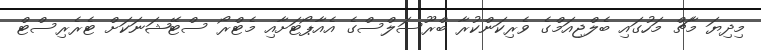
މިދިޔަ މާޗް މަހުގައި ބެލްޖިއަމްގެ ވެރިކަންކުރާ ބްރޫސަލްސްގެ އެއާޕޯޓަށާއި މެޓްރޯ ސްޓޭޝަނަކަށް ޓެރެރިސްޓް